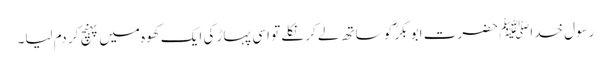
رسول خداﷺ حضرت ابو بکرؓ کو ساتھ لے کر نکلے تو اسی پہاڑ کی ایک کھوہ میں پہنچ کر دم لیا۔